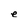
Character: e